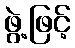
ဖွဲ့ဖြင့်